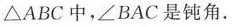
△ABC中，∠BAC是钝角.